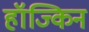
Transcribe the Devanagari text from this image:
हॉज्किन